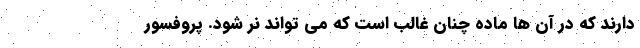
دارند که در آن ها ماده چنان غالب است که می تواند نر شود. پروفسور